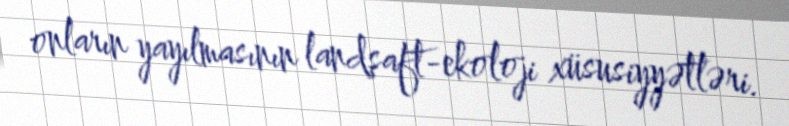
onların yayılmasının landşaft-ekoloji xüsusiyyətləri.